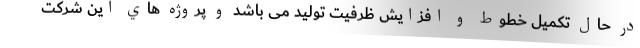
در حال تکمیل خطوط و افزایش ظرفیت تولید می باشد و پروژه هاي اين شركت